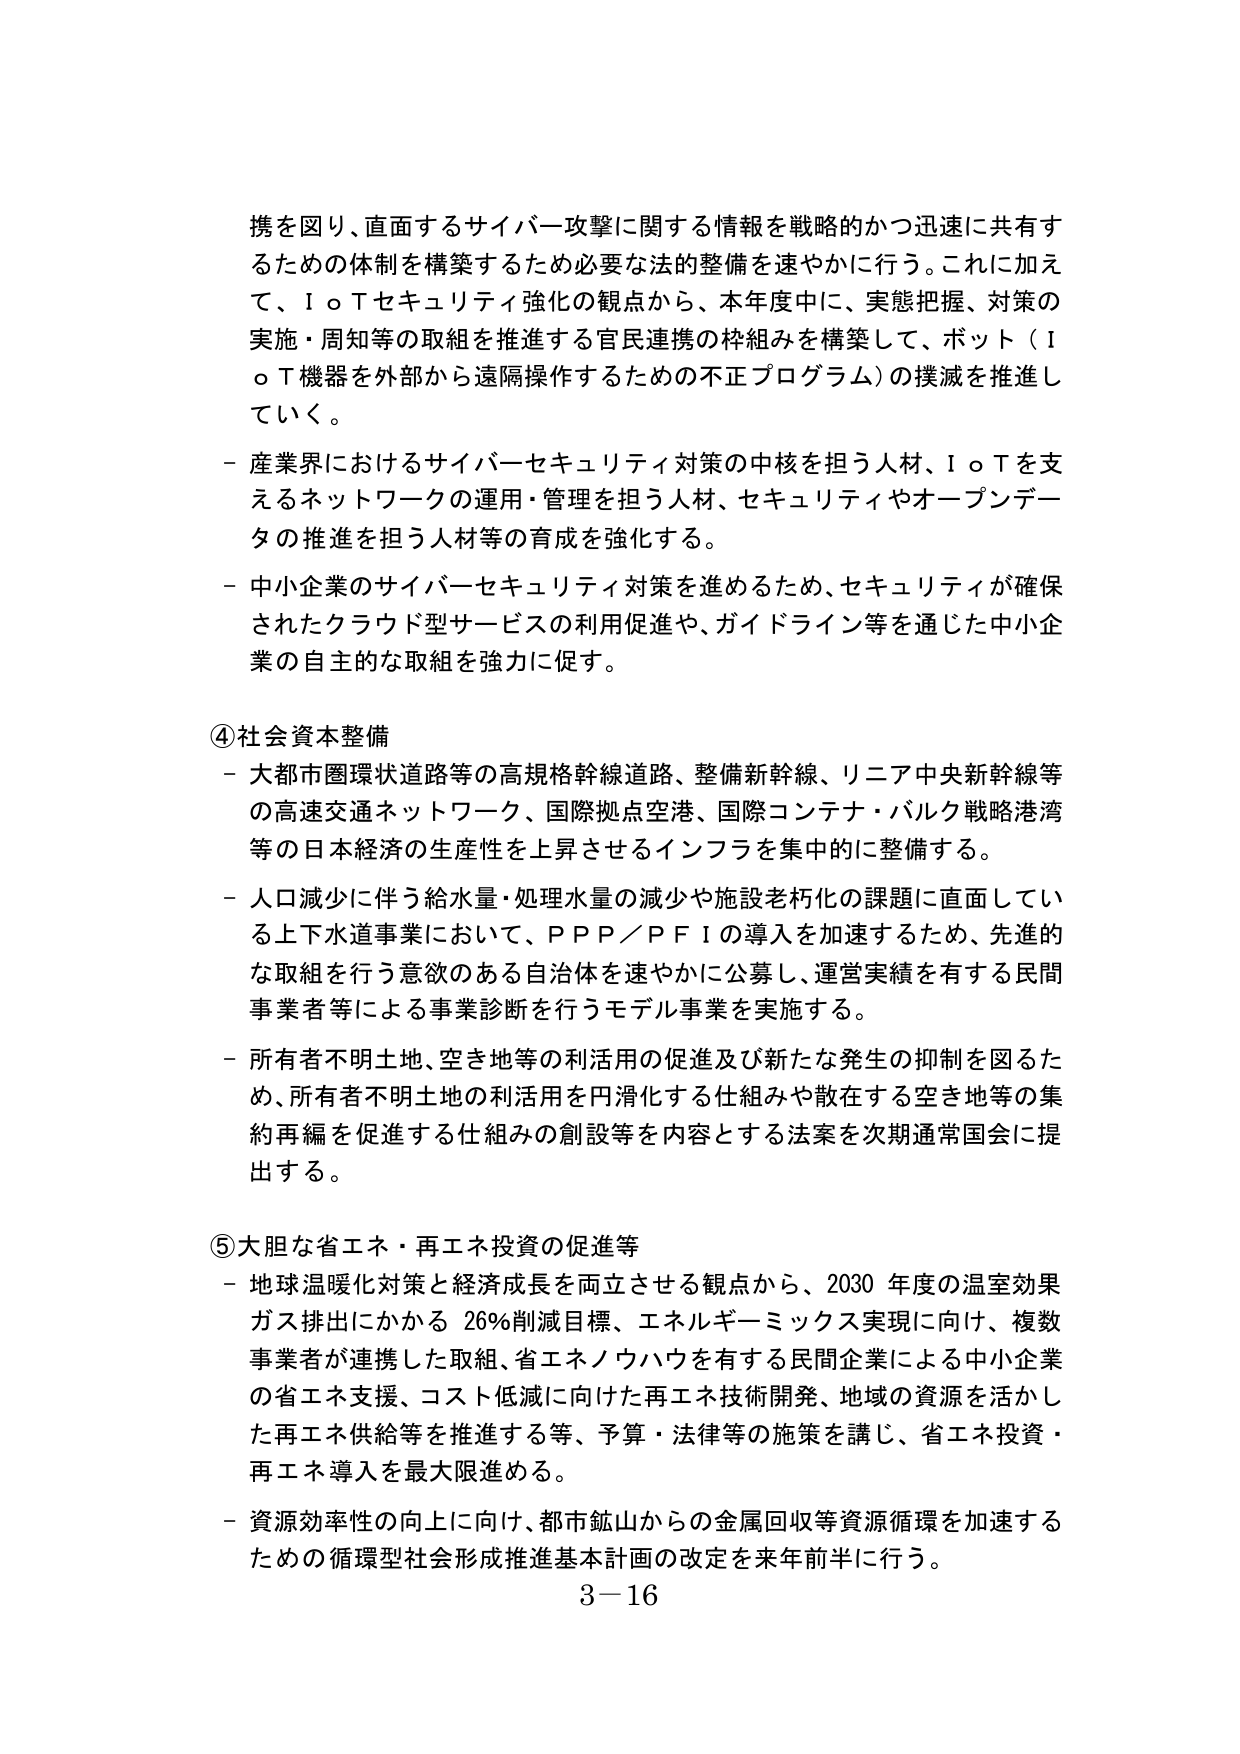
携を図り、直面するサイバー攻撃に関する情報を戦略的かつ迅速に共有するための体制を構築するため必要な法的整備を速やかに行う。これに加えて、ＩｏＴセキュリティ強化の観点から、本年度中に、実態把握、対策の実施・周知等の取組を推進する官民連携の枠組みを構築して、ボット（ＩｏＴ機器を外部から遠隔操作するための不正プログラム）の撲滅を推進していく。

－産業界におけるサイバーセキュリティ対策の中核を担う人材、ＩｏＴを支えるネットワークの運用・管理を担う人材、セキュリティやオープンデータの推進を担う人材等の育成を強化する。

－中小企業のサイバーセキュリティ対策を進めるため、セキュリティが確保されたクラウド型サービスの利用促進や、ガイドライン等を通じた中小企業の自主的な取組を強力に促す。

④社会資本整備

－大都市圏環状道路等の高規格幹線道路、整備新幹線、リニア中央新幹線等の高速交通ネットワーク、国際拠点空港、国際コンテナ・バルク戦略港湾等の日本経済の生産性を上昇させるインフラを集中的に整備する。

－人口減少に伴う給水量・処理水量の減少や施設老朽化の課題に直面している上下水道事業において、ＰＰＰ／ＰＦＩの導入を加速するため、先進的な取組を行う意欲のある自治体を速やかに公募し、運営実績を有する民間事業者等による事業診断を行うモデル事業を実施する。

－所有者不明土地、空き地等の利活用の促進及び新たな発生の抑制を図るため、所有者不明土地の利活用を円滑化する仕組みや散在する空き地等の集約再編を促進する仕組みの創設等を内容とする法案を次期通常国会に提出する。

⑤大胆な省エネ・再エネ投資の促進等

－地球温暖化対策と経済成長を両立させる観点から、2030年度の温室効果ガス排出にかかる26％削減目標、エネルギーミックス実現に向け、複数事業者が連携した取組、省エネノウハウを有する民間企業による中小企業の省エネ支援、コスト低減に向けた再エネ技術開発、地域の資源を活かした再エネ供給等を推進する等、予算・法律等の施策を講じ、省エネ投資・再エネ導入を最大限進める。

－資源効率性の向上に向け、都市鉱山からの金属回収等資源循環を加速するための循環型社会形成推進基本計画の改定を来年前半に行う。

3－16